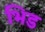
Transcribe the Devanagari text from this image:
भिड